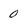
Character: 0